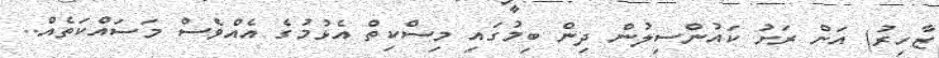
ޒާހިރު) އަށް ރަށު ކައުންސިލުން ދިން ބިމުގައި މިސްކިތް އެޅުމުގެ އެއްވެސް މަސައްކަތެއް..